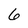
Character: 6